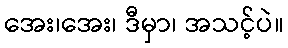
အေး၊အေး၊ ဒီမှာ၊ အသင့်ပဲ။